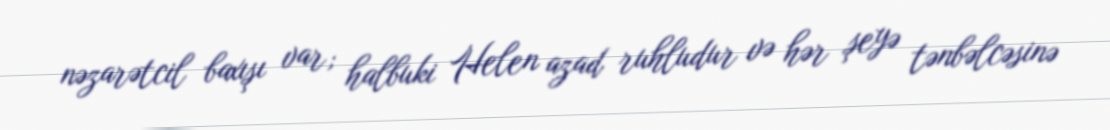
nəzarətcil baxışı var; halbuki Helen azad ruhludur və hər şeyə tənbəlcəsinə